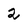
Character: 2